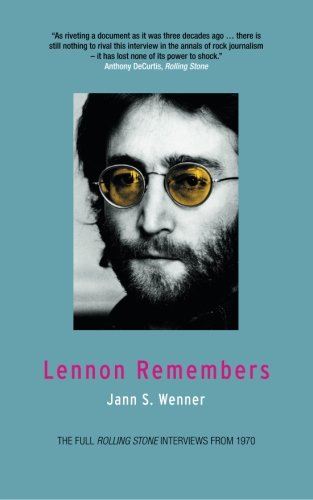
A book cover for Lennon Remembers; Jann S. Wenner; Humor & Entertainment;